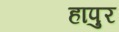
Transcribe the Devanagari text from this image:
हापुर